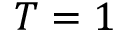
T = 1